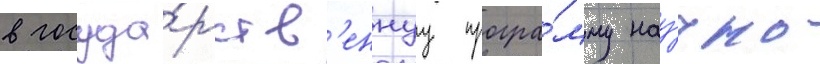
в госуда́рств'еннуу програ́мму нау́чно